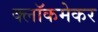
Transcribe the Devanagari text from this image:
क्लॉकमेकर